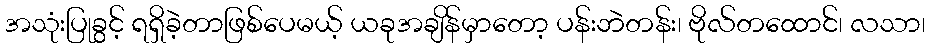
အသုံးပြုခွင့် ရရှိခဲ့တာဖြစ်ပေမယ့် ယခုအချိန်မှာတော့ ပန်းဘဲတန်း၊ ဗိုလ်တထောင်၊ လသာ၊